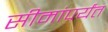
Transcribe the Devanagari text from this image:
सीमांपर्यंत